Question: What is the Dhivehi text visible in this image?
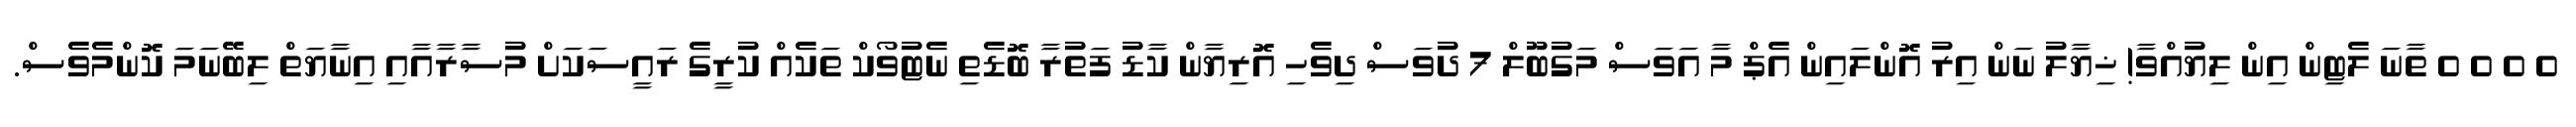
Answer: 0 0 0 0 ތާނަ ލެޓިން އިން ލިޔުއްވާ! ޚިޔާލު ނަން އިރު އޮންލައިން އެޕް މާ އަވަސް މަގުބޫލް 7 ދުވަސް ދިވެހި އޮރިޔާން ކާޑު ފަތުރާ ބޮޑެތި ނެޓުވޯކް ތަކެއް ކުރީގެ ރައީސަކަށް މުސާރާއާއި އިނާޔަތް ލިބޭނަމަ ކޮންމެވެސް.